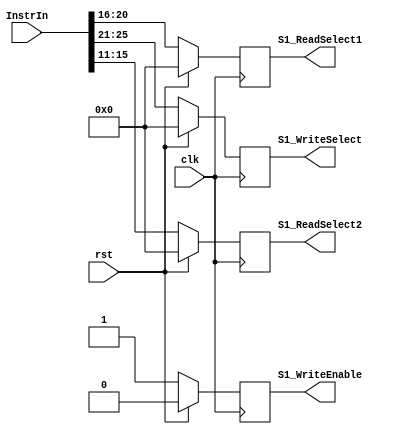
`timescale 1ns / 1ns
//////////////////////////////////////////////////////////////////////////////
// Company: 
// Engineer: 
// 
// Design Name: 
// Module Name:    S1_Register 
// Project Name: 
// Target Devices: 
// Tool versions: 
// Description:
//
//    Stage 1 Pipeline Register for Lab5 Prelab.
//    This also performs minimal "decoding" of the instruction. Look at the
//    nonblocking assignments to see which bits of the instruction are
//    passed to the register outputs.
//
// Dependencies: 
//
// Revision: 
// Revision 0.01 - File Created
// Additional Comments: 
//
//////////////////////////////////////////////////////////////////////////////
module S1_Register(
	input clk,
	input rst,
	input [31:0] InstrIn,
	output reg [4:0] S1_ReadSelect1,
	output reg [4:0] S1_ReadSelect2,
	output reg [4:0] S1_WriteSelect,
	output reg S1_WriteEnable
   );

	always@(posedge clk)
		begin
		if (rst)
			begin
			S1_ReadSelect1 <= 5'd0;
			S1_ReadSelect2 <= 5'd0;
			S1_WriteSelect <= 5'd0;
			S1_WriteEnable <= 1'b0;
			end
		else
			begin
			S1_ReadSelect1 <= InstrIn[20:16];
			S1_ReadSelect2 <= InstrIn[15:11];
			S1_WriteSelect <= InstrIn[25:21];
			S1_WriteEnable <= 1'b1;
			end
		end

endmodule